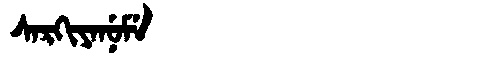
Manchu: ᠰᠠᡵᡴᡳᠶᠠᠨᡠᠮᡝ
Romanization: SARKIYANUME